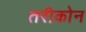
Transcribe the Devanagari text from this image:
तरीकोन